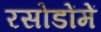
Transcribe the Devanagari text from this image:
रसोडोंमें